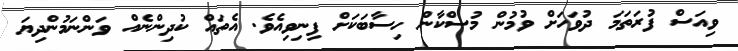
ވިއަސް ފުރަތަމަ ދުވަހަށް ވުމުން މުސްކާން ހިސާބަކަށް ފިނިވިއެވެ. އެތައް ކުދިންނެއް ވަންނަމުންދިޔަ